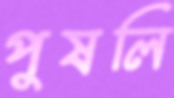
পুষলি